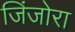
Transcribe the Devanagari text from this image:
जिंजोरा